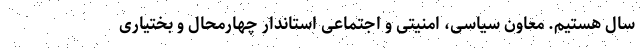
سال هستیم. معاون سیاسی، امنیتی و اجتماعی استاندار چهارمحال و بختیاری